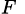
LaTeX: {}_{F}{}_{\ }